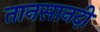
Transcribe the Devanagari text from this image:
तानसानदी